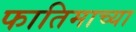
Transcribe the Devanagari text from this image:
फातिमाच्या